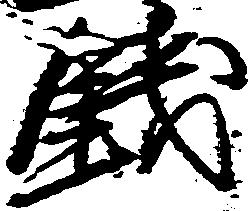
銭